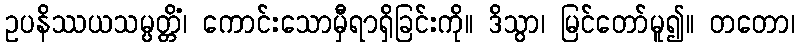
ဥပနိဿယသမ္ပတ္တိံ၊ ကောင်းသောမှီရာရှိခြင်းကို။ ဒိသွာ၊ မြင်တော်မူ၍။ တတော၊